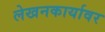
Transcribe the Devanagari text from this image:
लेखनकार्यावर